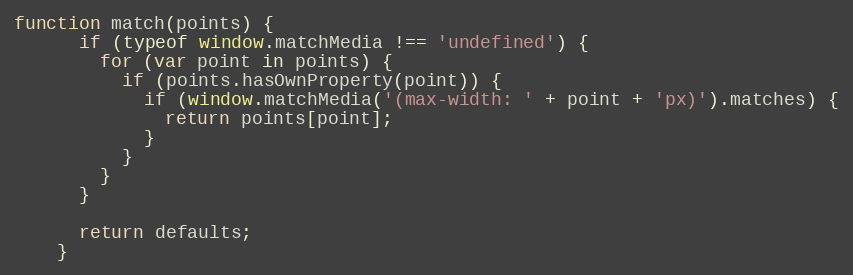
Language: JavaScript
function match(points) {
      if (typeof window.matchMedia !== 'undefined') {
        for (var point in points) {
          if (points.hasOwnProperty(point)) {
            if (window.matchMedia('(max-width: ' + point + 'px)').matches) {
              return points[point];
            }
          }
        }
      }

      return defaults;
    }